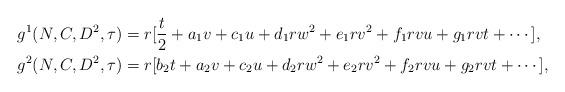
LaTeX: \begin{align*}g^1(N,C,D^2,\tau)&=r[\displaystyle\frac{t}{2}+a_1v+c_1u+d_1rw^2+e_1rv^2+f_1rvu+g_1rvt+\cdots],\\g^2(N,C,D^2,\tau)&=r[b_2t+a_2v+c_2u+d_2rw^2+e_2rv^2+f_2rvu+g_2rvt+\cdots],\end{align*}